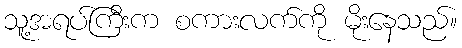
သူ့အရပ်ကြီးက စကားလက်ကို မိုးနေသည်။